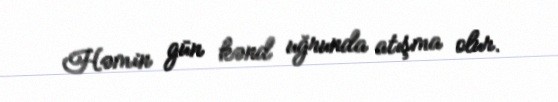
Həmin gün kənd uğrunda atışma olur.